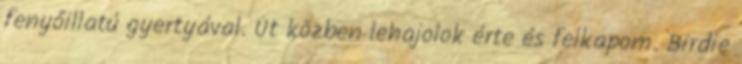
fenyőillatú gyertyával. Út közben lehajolok érte és felkapom. Birdie